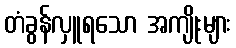
တံခွန်လှူရသော အကျိုးများ